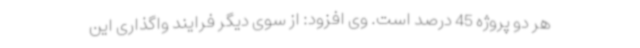
هر دو پروژه 45 درصد است. وی افزود: از سوی دیگر فرایند واگذاری این